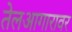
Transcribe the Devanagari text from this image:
तेलआगारावर